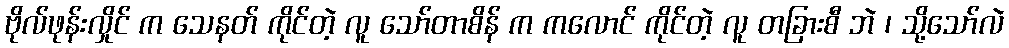
ဗိုလ်ဖုန်းလှိုင် က သေနတ် ကိုင်တဲ့ လူ သော်တာစိန် က ကလောင် ကိုင်တဲ့ လူ တခြားစီ ဘဲ ၊ သို့သော်လဲ